Vaccination in Burma 1920-1933 - 1920-1933
Year: 1920
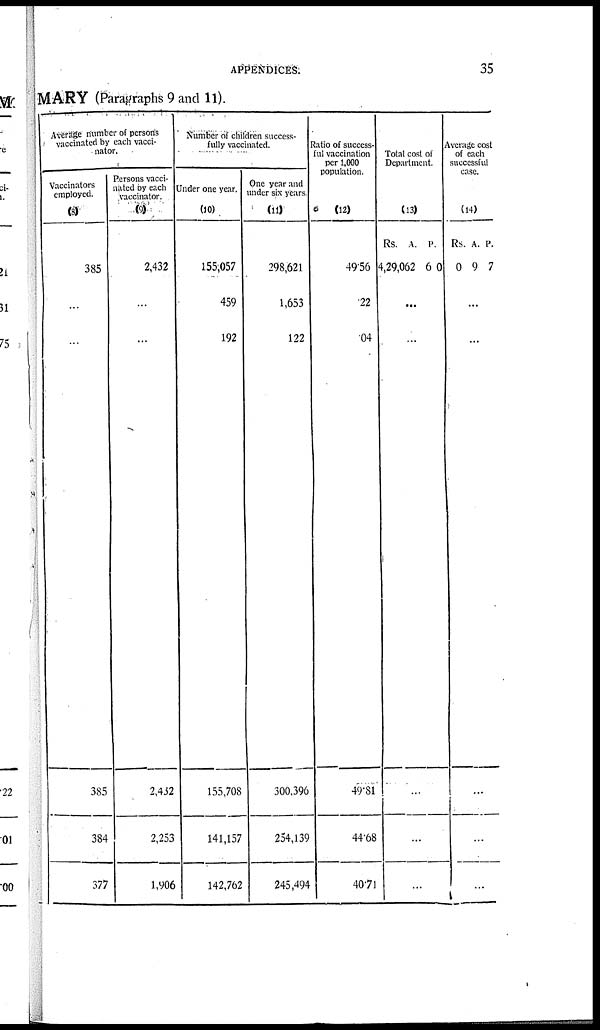
APPENDICES.
35
MARY (Paragraphs 9 and 11).
Average number of persons
vaccinated by each vacci-
nator.
Vaccinators
employed.
(8)
385
...
...
385
384
377
Persons vacci-
nated by each
vaccinator.
(9)
2,432
...
...
2,432
2,253
1,906
Number of children success-
fully vaccinated.
Under one year.
(10)
155,057
459
192
155,708
141,157
142,762
One year and
under six years.
(11)
298,621
1,653
122
300,396
254,139
245,494
Ratio of success-
ful vaccination
per 1,000
population.
(12)
49.56
.22
.04
49.81
44.68
40.71
Total cost of
Department.
(13)
Rs.
4,29,062
A.
6
P.
0
...
...
...
...
...
Average cost
of each
successful
case.
(14)
Rs.
0
A.
9
P.
7
...
...
...
...
...